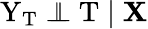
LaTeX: \mathrm{Y}_{\mathrm{T}}\perp\! \! \! \! \perp\mathrm{T}\mid\mathbf{X}